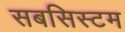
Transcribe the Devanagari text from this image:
सबसिस्टम